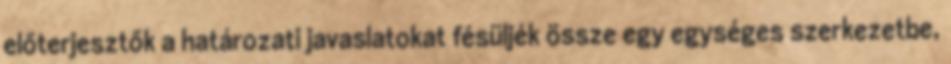
előterjesztők a határozati javaslatokat fésüljék össze egy egységes szerkezetbe,